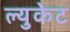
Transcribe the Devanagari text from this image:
ल्युकेट